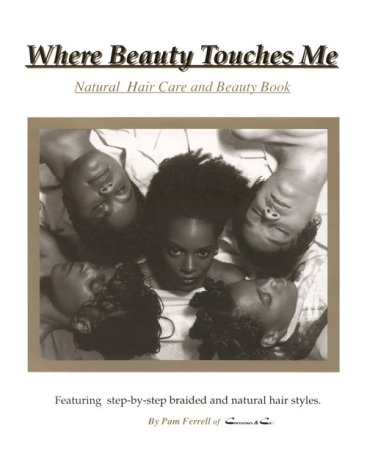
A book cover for Where Beauty Touches Me; Pamela Ferrell; Health, Fitness & Dieting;